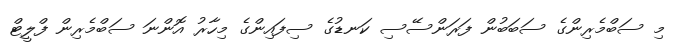
މި ސަބްމެރިންގެ ސަބަބުން ފަރަންސޭސި ކަނޑުގެ ސިފައިންގެ މިހާރު އޮންނަ ސަބްމެރިން ފްލީޓް